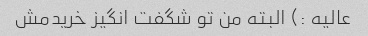
عالیه :) البته من تو شگفت انگیز خریدمش